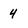
Character: 4